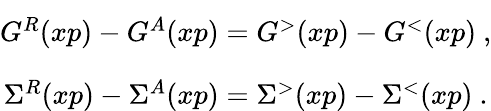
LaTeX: \begin{array}{c}{{G^{R}(xp)-G^{A}(xp)=G^{>}(xp)-G^{<}(xp)\mathrm{~,}\vphantom{\biggl]}}}\\ {{\Sigma^{R}(xp)-\Sigma^{A}(xp)=\Sigma^{>}(xp)-\Sigma^{<}(xp)\mathrm{~.}}}\end{array}